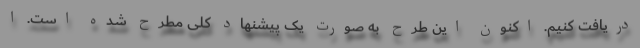
دریافت کنیم. اکنون این طرح به صورت یک پیشنهاد کلی مطرح شده است. ا